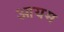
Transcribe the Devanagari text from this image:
आयम